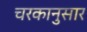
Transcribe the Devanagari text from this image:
चरकानुसार